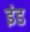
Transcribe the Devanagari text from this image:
इंड